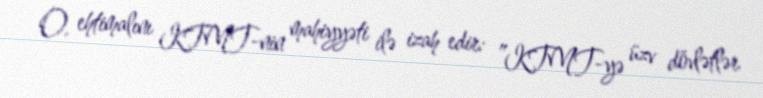
O, ehtimalını KTMT-nin mahiyyəti ilə izah edir: ”KTMT-yə üzv dövlətlər